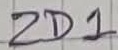
Text: ZD1